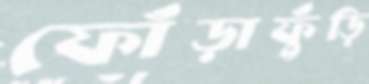
ফোঁড়াফুঁড়ি